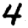
Digit: 4